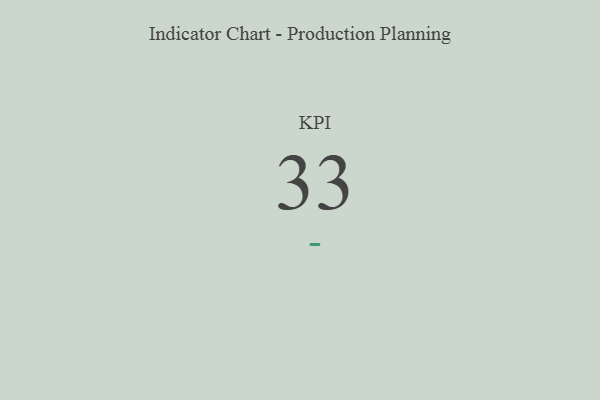
{"axis": {"x": "KPI", "y": "Value"}, "legend": [""], "data": [{"x": "KPI", "y": 33, "type": ""}]}